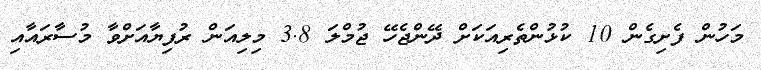
މަހުން ފެށިގެން 10 ކުޅުންތެރިއަކަށް ދޭންޖެހޭ ޖުމްލަ 3.8 މިލިއަން ރުފިޔާއަށްވާ މުސާރައާއި